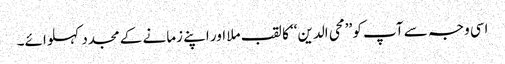
اسی وجہ سے آپ کو ’’محی الدین‘‘ کا لقب ملا اور اپنے زمانے کے مجدد کہلوائے۔